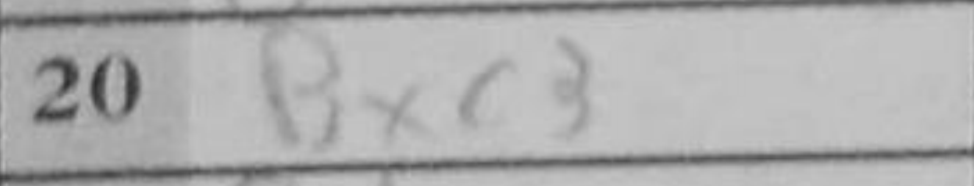
Transcription: bxc3